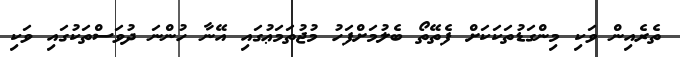
ތެރެއިން ވަކި މިންގަޑުތަކަކަށް ފެތޭތޯ ބެލުމަށްފަހު މުޖުތަމަޢުގައި އޭނާ ހުންނަ ދުވަސްތަކުގައި ވަކި